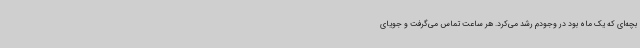
بچه‌ای که یک ماه بود در وجودم رشد می‌کرد. هر ساعت تماس می‌گرفت و جویای